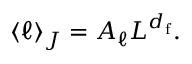
\langle \ell \rangle _ { J } = A _ { \ell } L ^ { d _ { \mathrm { f } } } .